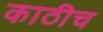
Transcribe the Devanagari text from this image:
काठीच